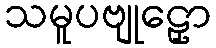
သမူပဗျုဠှော